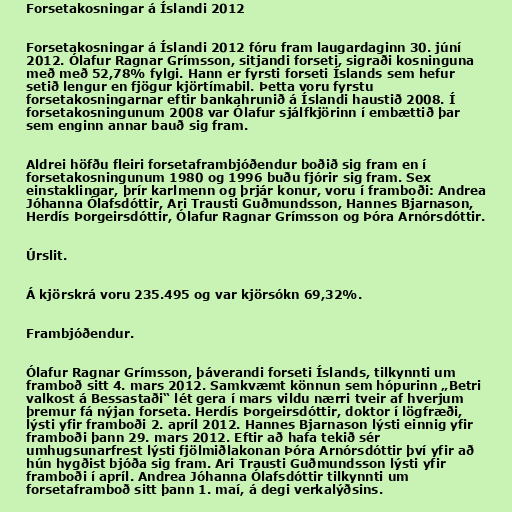
Forsetakosningar á Íslandi 2012

Forsetakosningar á Íslandi 2012 fóru fram laugardaginn 30. júní
2012. Ólafur Ragnar Grímsson, sitjandi forseti, sigraði kosninguna
með með 52,78% fylgi. Hann er fyrsti forseti Íslands sem hefur
setið lengur en fjögur kjörtímabil. Þetta voru fyrstu
forsetakosningarnar eftir bankahrunið á Íslandi haustið 2008. Í
forsetakosningunum 2008 var Ólafur sjálfkjörinn í embættið þar
sem enginn annar bauð sig fram.

Aldrei höfðu fleiri forsetaframbjóðendur boðið sig fram en í
forsetakosningunum 1980 og 1996 buðu fjórir sig fram. Sex
einstaklingar, þrír karlmenn og þrjár konur, voru í framboði: Andrea
Jóhanna Ólafsdóttir, Ari Trausti Guðmundsson, Hannes Bjarnason,
Herdís Þorgeirsdóttir, Ólafur Ragnar Grímsson og Þóra Arnórsdóttir.

Úrslit.

Á kjörskrá voru 235.495 og var kjörsókn 69,32%.

Frambjóðendur.

Ólafur Ragnar Grímsson, þáverandi forseti Íslands, tilkynnti um
framboð sitt 4. mars 2012. Samkvæmt könnun sem hópurinn „Betri
valkost á Bessastaði“ lét gera í mars vildu nærri tveir af hverjum
þremur fá nýjan forseta. Herdís Þorgeirsdóttir, doktor í lögfræði,
lýsti yfir framboði 2. apríl 2012. Hannes Bjarnason lýsti einnig yfir
framboði þann 29. mars 2012. Eftir að hafa tekið sér
umhugsunarfrest lýsti fjölmiðlakonan Þóra Arnórsdóttir því yfir að
hún hygðist bjóða sig fram. Ari Trausti Guðmundsson lýsti yfir
framboði í apríl. Andrea Jóhanna Ólafsdóttir tilkynnti um
forsetaframboð sitt þann 1. maí, á degi verkalýðsins.